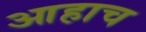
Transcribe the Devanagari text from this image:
आहाच